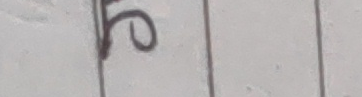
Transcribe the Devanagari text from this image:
दे